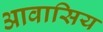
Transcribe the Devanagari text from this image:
आवासिय